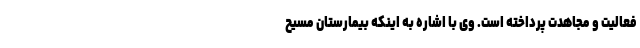
فعالیت و مجاهدت پرداخته است. وی با اشاره به اینکه بیمارستان مسیح‌